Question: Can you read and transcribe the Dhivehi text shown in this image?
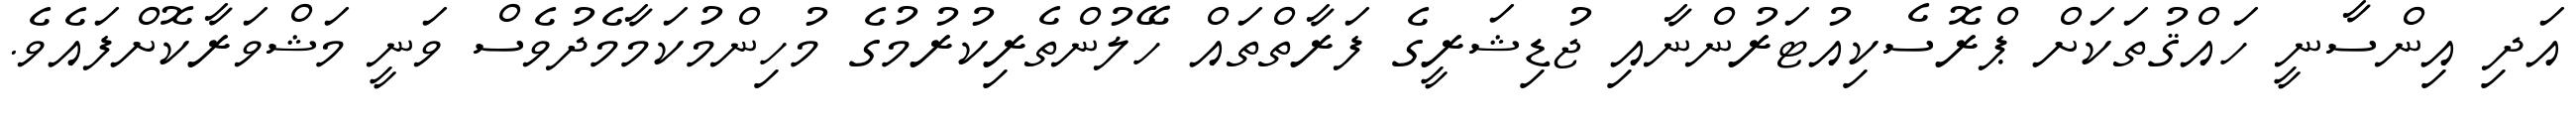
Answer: އަދި އިންސާނީ ހައްޤުތަކަށް ޕްރޮސެކިއުޓަރުންނާއި ޖުޑިޝަރީގެ ފަރާތްތައް ހޭލުންތެރިކުރުމުގެ މުހިންމުކަމާމެދުވެސް ވަނީ މަޝްވަރާކޮށްފައެވެ.